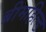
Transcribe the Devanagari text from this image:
ब्रीमहिल्ड